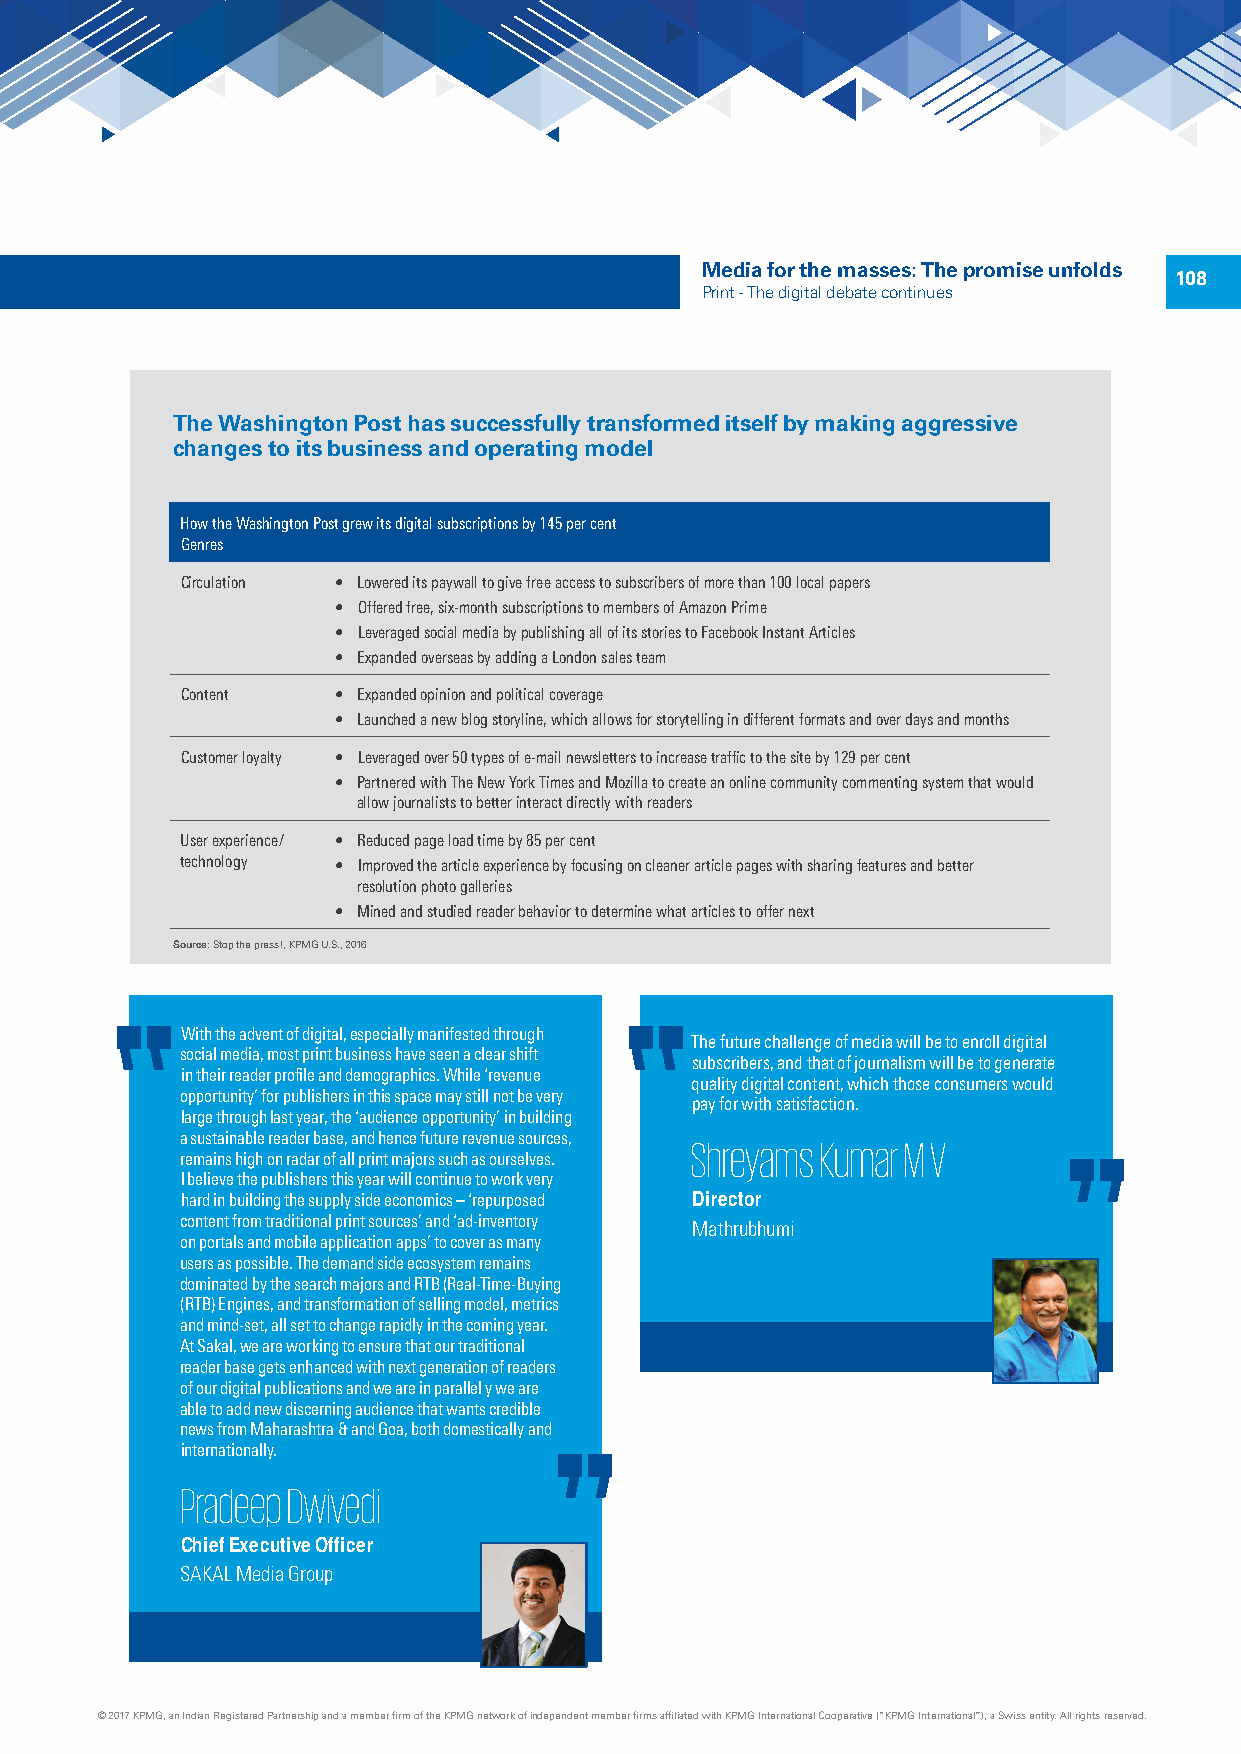
Media for the masses: The promise unfolds
 108
 Print - The digital debate continues
 The Washington Post has successfully transformed itself by making aggressive
 changes to its business and operating model
 How the Washington Post grew its digital subscriptions by 145 per cent
 Genres
 Circulation • Lowered its paywall to give free access to subscribers of more than 100 local papers
 • Offered free, six-month subscriptions to members of Amazon Prime
 • Leveraged social media by publishing all of its stories to Facebook Instant Articles
 • Expanded overseas by adding a London sales team
 Content   • Expanded opinion and political coverage
 • Launched a new blog storyline, which allows for storytelling in different formats and over days and months
 Customer loyalty • Leveraged over 50 types of e-mail newsletters to increase traffic to the site by 129 per cent
 • Partnered with The New York Times and Mozilla to create an online community commenting system that would
 allow journalists to better interact directly with readers
 User experience/ • Reduced page load time by 85 per cent
 technology • Improved the article experience by focusing on cleaner article pages with sharing features and better
 resolution photo galleries
 • Mined and studied reader behavior to determine what articles to offer next
 Source: Stop the press!, KPMG U.S., 2016
 With the advent of digital, especially manifested through
 The future challenge of media will be to enroll digital
 social media, most print business have seen a clear shift
 subscribers, and that of journalism will be to generate
 in their reader profile and demographics. While ‘revenue
 quality digital content, which those consumers would
 opportunity’ for publishers in this space may still not be very
 pay for with satisfaction.
 large through last year, the ‘audience opportunity’ in building
 a sustainable reader base, and hence future revenue sources, Shreyams Kumar M V
 remains high on radar of all print majors such as ourselves.
 I believe the publishers this year will continue to work very
 hard in building the supply side economics – ‘repurposed Director
 content from traditional print sources’ and ‘ad-inventory Mathrubhumi
 on portals and mobile application apps’ to cover as many
 users as possible. The demand side ecosystem remains
 dominated by the search majors and RTB (Real-Time-Buying
 (RTB) Engines, and transformation of selling model, metrics
 and mind-set, all set to change rapidly in the coming year.
 At Sakal, we are working to ensure that our traditional
 reader base gets enhanced with next generation of readers
 of our digital publications and we are in parallel y we are
 able to add new discerning audience that wants credible
 news from Maharashtra & and Goa, both domestically and
 internationally.
 Pradeep Dwivedi
 Chief Executive Officer
 SAKAL Media Group
 © 2017 KPMG, an Indian Registered Partnership and a member firm of the KPMG network of independent member firms affiliated with KPMG International Cooperative (“KPMG International”), a Swiss entity. All rights reserved.